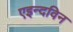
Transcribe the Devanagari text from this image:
एइन्दविन